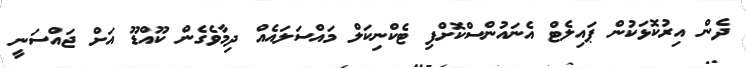
ދެން އިރުކޮޅަކުން ޕައިލެޓް އެނައުންސްކޮށްފި ޓެކްނިކަލް މައްސަލައެއް ދިމާވެގެން ކޫއްޑޫ އަށް ޖައްސަނީ